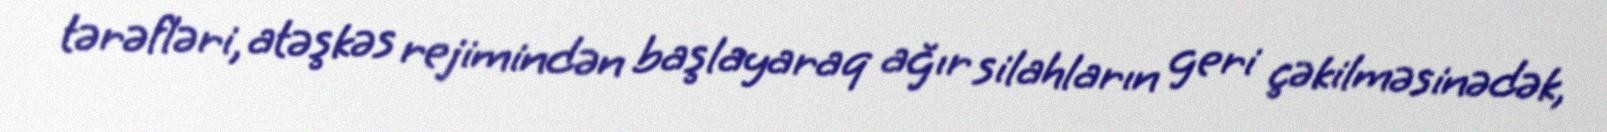
tərəfləri, atəşkəs rejimindən başlayaraq ağır silahların geri çəkilməsinədək,